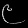
Digit: ၉